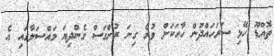
ތޮއްޑޫ ހޭޅި ސަރަހައްދުން ހާހަކަށް ވުރެ ގިނަ ރުށްގަސް ގެންދިޔަ މައްސަލާގައި އެ